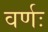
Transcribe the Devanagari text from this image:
वर्णः